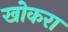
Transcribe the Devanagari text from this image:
खोकरा